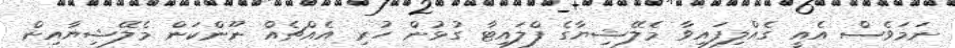
ނަމަވެސް އެއީ ގެއްލިފައިވާ މެލޭޝިޔާގެ ފްލައިޓާ ގުޅުން ހުރި އެއްޗެއް ނޫންކަން މެލޭޝިޔާއިން